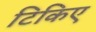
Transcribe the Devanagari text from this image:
टिकिए